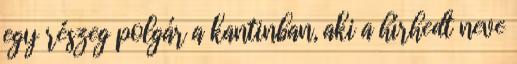
egy részeg polgár a kantinban, aki a hírhedt neve